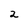
Character: 2